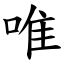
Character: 唯